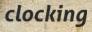
clocking